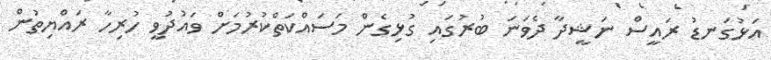
އަޅުގަނޑު ރައީސް ނަޝީދާ ދެވަނަ ބުރުގައި ގުޅިގެން މަސައްކަތްކުރުމަށް ވައުދުވީ ހުރިހާ ރައްޔިތުން